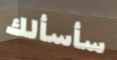
سأسألك